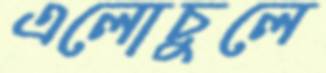
এলোচুলে